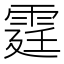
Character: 霆